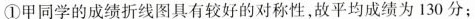
①甲同学的成绩折线图具有较好的对称性，故平均成绩为130分；